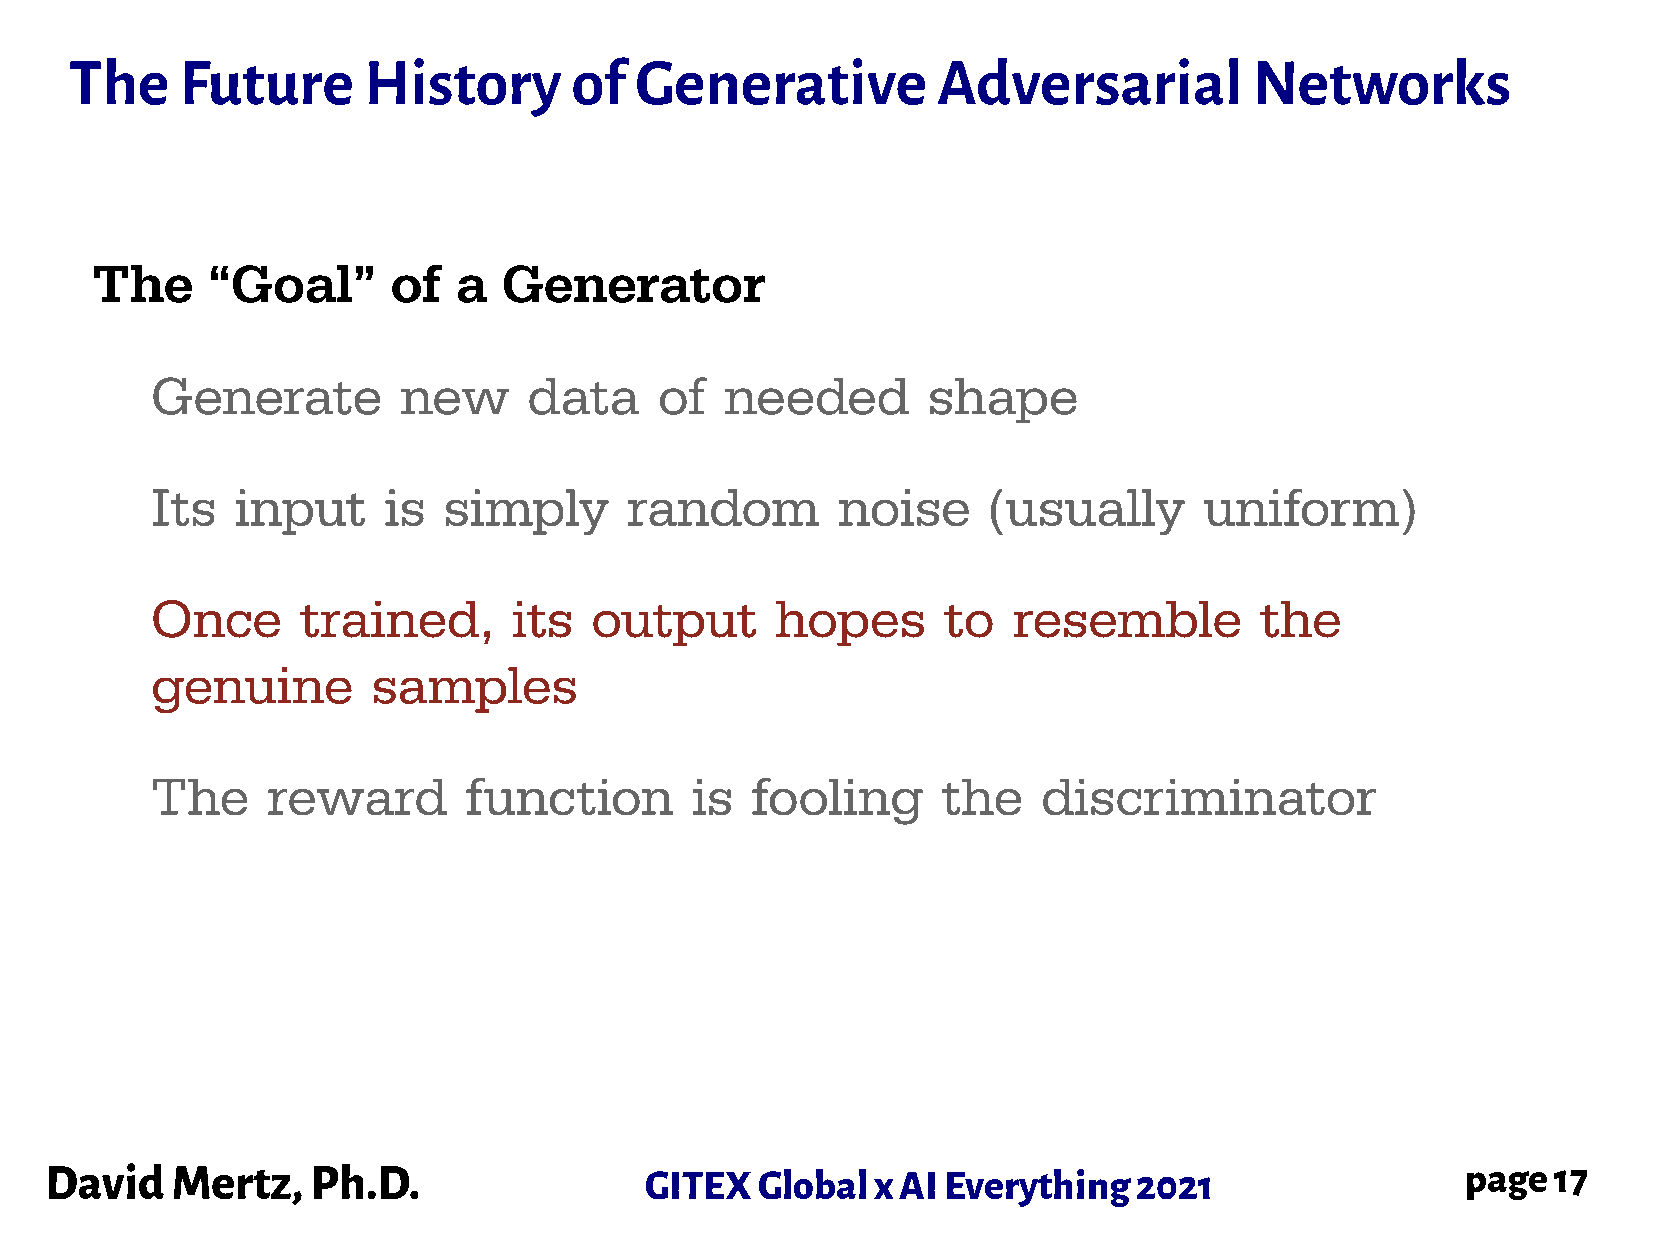
The    Future      History       of  Generative          Adversarial          Networks
 The     “Goal”      of  a  Generator
 Generate         new     data     of  needed       shape
 Its   input    is  simply       random       noise     (usually       uniform)
 Once      trained,      its  output      hopes      to   resemble        the
 genuine        samples
 The     reward       function       is  fooling     the    discriminator
 David   Mertz,    Ph.D.                 GITEX  Global  x AI Everything  2021                  page  17